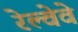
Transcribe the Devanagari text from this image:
रेल्वेवे